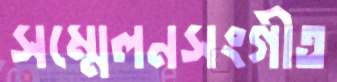
সম্মেলনসংগীত